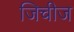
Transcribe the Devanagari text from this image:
जिचीज